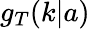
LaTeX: g_{T}(k|a)